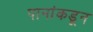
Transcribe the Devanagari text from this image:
पानांकडून